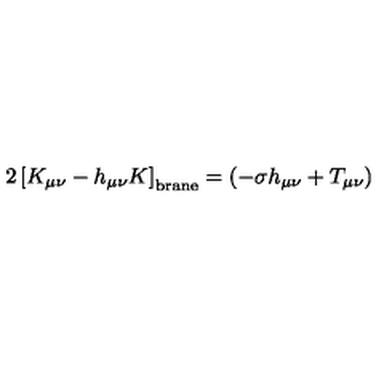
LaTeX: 2 \left[ K _ { \mu \nu } - h _ { \mu \nu } K \right] _ { \mathrm { { b r a n e } } } = \left( - \sigma h _ { \mu \nu } + T _ { \mu \nu } \right)